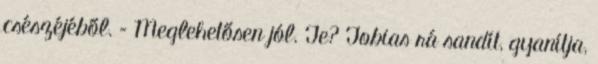
csészéjéből. – Meglehetősen jól. Te? Tobias rá sandít, gyanítja,